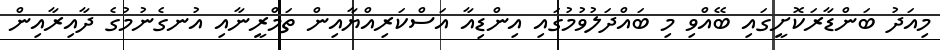
މިއަދު ބަންޑާރަކޮށީގައި ބޭއްވި މި ބައްދަލުވުމުގައި އިންޑިއާ އަސްކަރިއްޔާއިން ތަމްރީނާއި އުނގެނުމުގެ ދާއިރާއިން